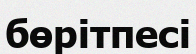
бөрітпесі